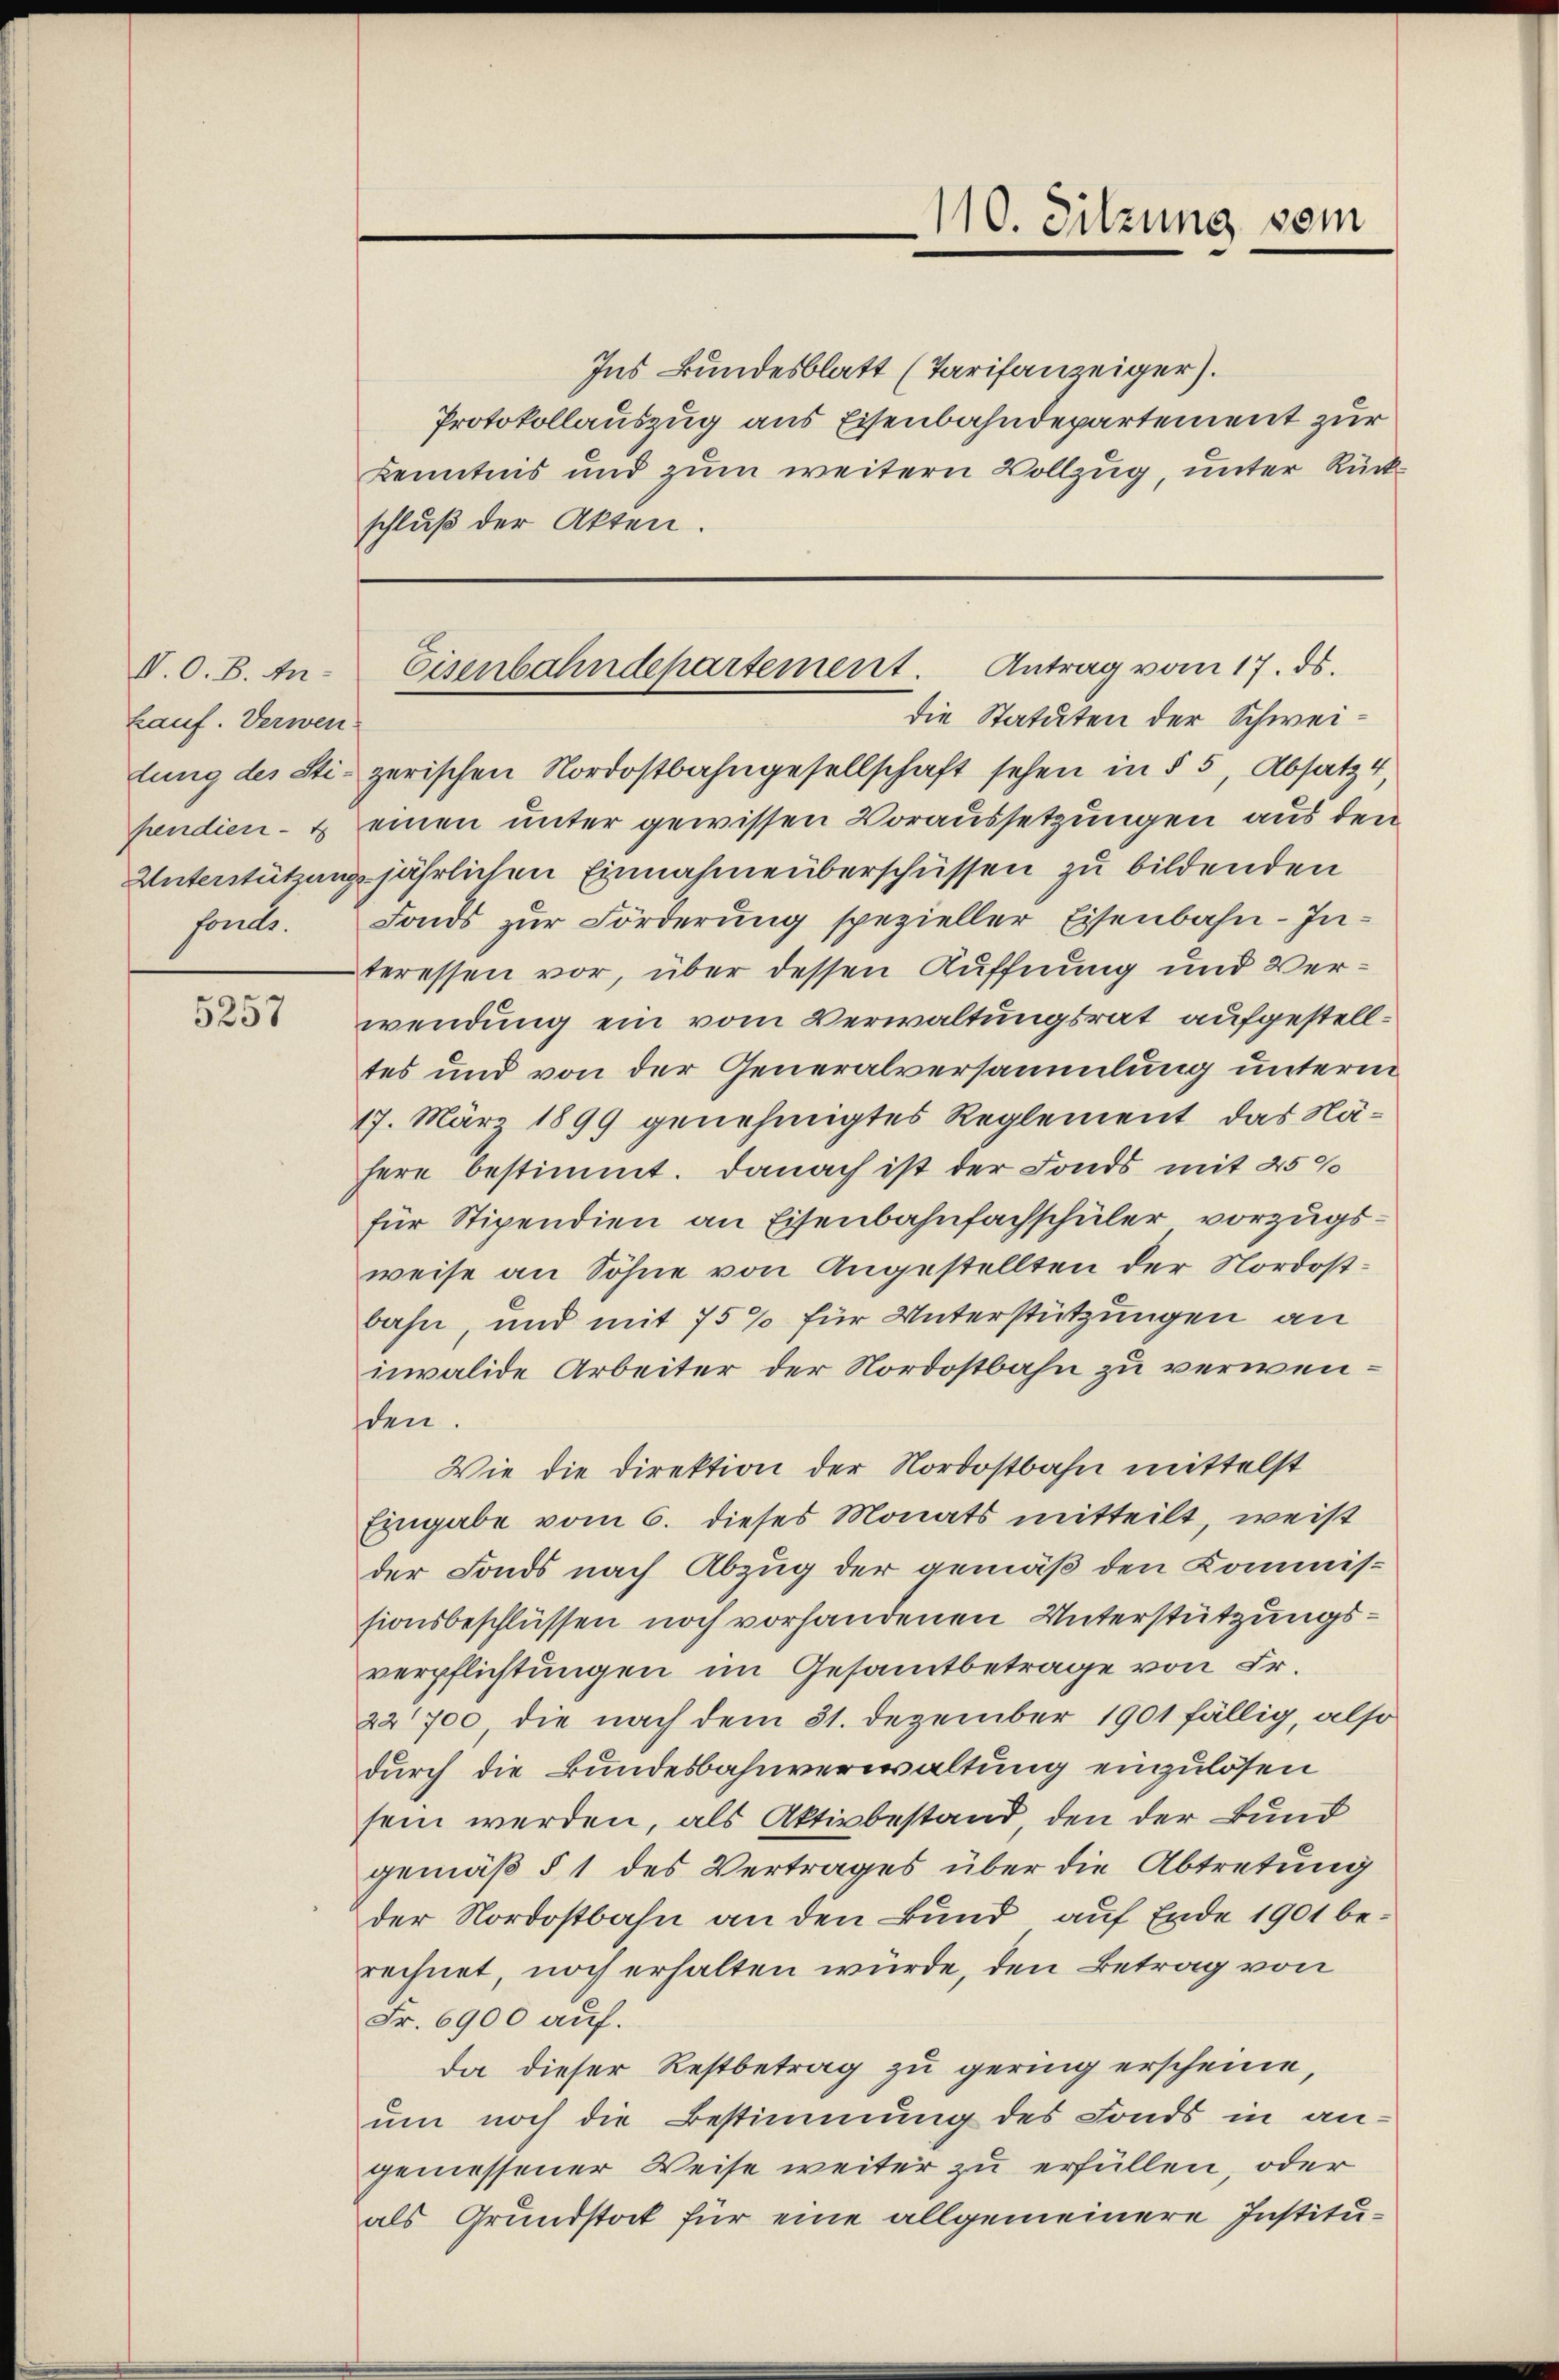
V.O. B. Anhauf. Verwen-
sonde.

5257

110. Sitzung vom

Ins Bundesblatt (Tarifanzeiger).
Protokollauszug aus Eisenbahndepartement zur
Kenntnis und zum weitern Vollzug, unter Rückschluß der Akten.

die Statuten der Schweilung des Sti- zerischen Nordostbahngesellschaft sehen in § 5 Absatz 4,
pendien- & einen unter gewissen Voraussetzungen aus den
Unterstützung jährlichen Einnahme überschüssen zu bildenden
Fonds zŭr Förderŭng spezieller Eisenbahn-Interessen vor, über dessen Äuffnung und Verwendung ein vom Verwaltungsrat aufgestelltes und von der Generalversammlung unterm
17. März 1899 genehmigtes Reglement, das Nähere bestimmt. Danach ist der Fonds mit 25%
für Stipendien an Eisenbahnfachschüler vorzugsweise an Söhne von Angestellten der Nordostbahn, und mit 75% für Unterstützungen an
invalide Arbeiter der Nordostbahn zu verwenden
Wie die Direktion der Nordostbahn mittelst
Eingabe vom 6. dieses Monats mitteilt, weis
der Fonds nach Abzug der gemäß den Kommissionsbeschlüssen noch vorhandenen Unterstützungsverpflichtungen im Gesamtbetrage von Fr.
22700, die nach dem 31. Dezember 1901 fällig, also
durch die Bundesbahnverwaltung einzulösen
sein werden, als Aktivbestand, den der Bund
gemäß § 1 des Vertrages über die Abtretung
der Nordostbahn an den Bund, auf Ende 1901 berechnet, noch erhalten würde, den Betrag von
Fr. 6900 auf.
da dieser Restbetrag zu gering erscheine,
um noch die Bestimmung des Fonds in an-
gemessener Weise weiter zu erfüllen, oder
als Grundstock für eine allgemeinere Institu¬

Eisenbahndepartement. Antrag vom 17. ds.